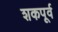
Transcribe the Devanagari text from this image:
शकपूर्व